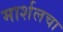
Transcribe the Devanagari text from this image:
मार्शलचा